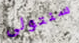
سنتولى